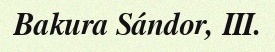
Bakura Sándor, III.